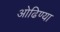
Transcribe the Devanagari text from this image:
ओढिण्या